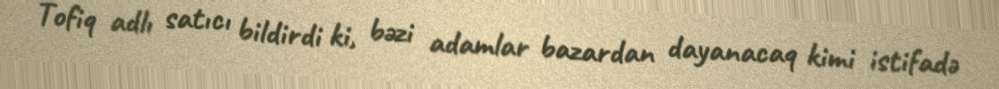
Tofiq adlı satıcı bildirdi ki, bəzi adamlar bazardan dayanacaq kimi istifadə